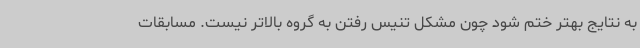
به نتایج بهتر ختم شود چون مشکل تنیس رفتن به گروه بالاتر نیست. مسابقات